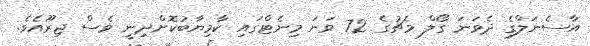
އާސެނަލްގެ ދެވަނަ ގޯލް މެޗުގެ 72 ވަނަ މިނެޓްގައި ކާމިޔާބުކޮށްދިނީ ވެސް ޖިރޫއެވެ.